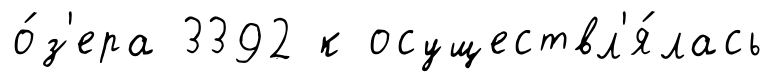
о́з'ера 3392 к осуществл'я́лась